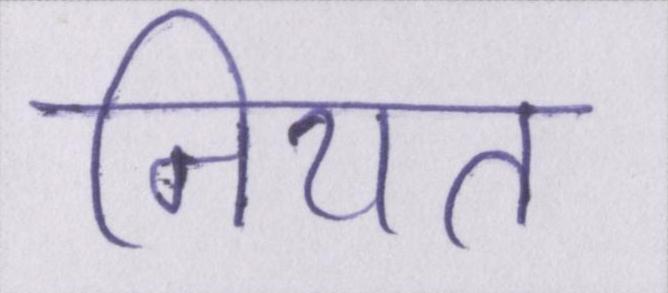
नियत